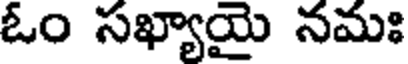
ఓం సఖ్యాయై నమః